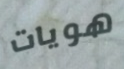
هويات